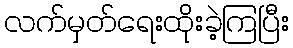
လက်မှတ်ရေးထိုးခဲ့ကြပြီး